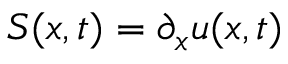
S ( x , t ) = \partial _ { x } u ( x , t )